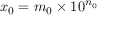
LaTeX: x _ { 0 } = m _ { 0 } \times 1 0 ^ { n _ { 0 } }